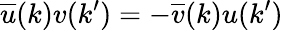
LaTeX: \overline{{{u}}}(k)v(k^{\prime})=-\overline{{{v}}}(k)u(k^{\prime})